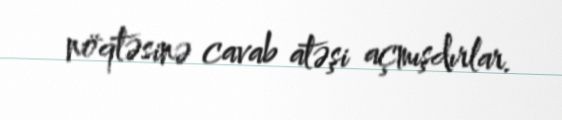
nöqtəsinə cavab atəşi açmışdırlar.